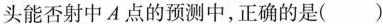
头能否射中A点的预测中，正确的是()